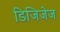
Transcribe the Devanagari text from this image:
डिजिजेज